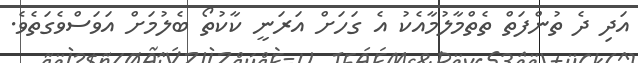
އަދި ދެ ތުންފަތް ތެތްމާލުމާއެކު އެ ގަހަށް އަރަނީ ކާކުތޯ ބެލުމަށް އަވަސްވެގަތެވެ.